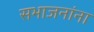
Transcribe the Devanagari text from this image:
सभाजनांना